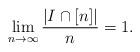
LaTeX: \begin{align*}\lim_{n\to\infty} \dfrac{|I\cap[n]|}{n}=1.\end{align*}